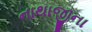
નાથાજીના